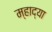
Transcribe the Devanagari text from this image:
म्हाद्या